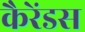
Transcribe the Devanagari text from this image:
कैरेंडस